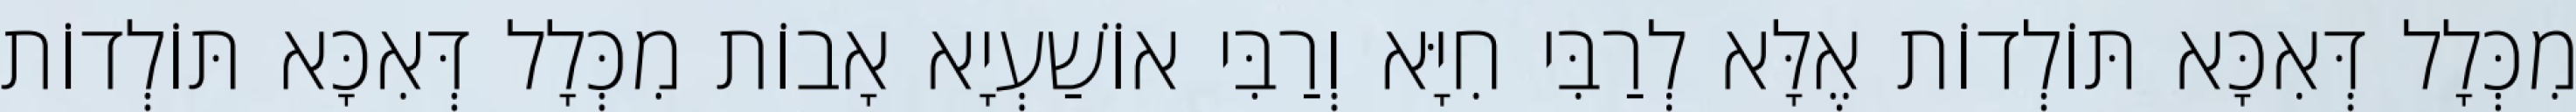
מִכְּלָל דְּאִכָּא תּוֹלְדוֹת אֶלָּא לְרַבִּי חִיָּא וְרַבִּי אוֹשַׁעְיָא אָבוֹת מִכְּלָל דְּאִכָּא תּוֹלְדוֹת